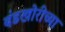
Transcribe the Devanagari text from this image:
बंडखोरीच्या